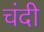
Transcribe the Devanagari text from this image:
चंदी